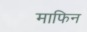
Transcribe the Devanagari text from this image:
माफिन